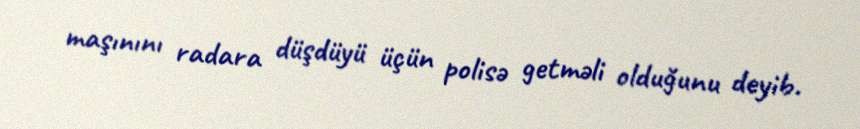
maşınını radara düşdüyü üçün polisə getməli olduğunu deyib.